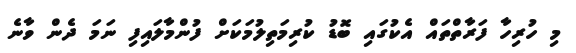
މި ހުރިހާ ފަރާތްތައް އެކުގައި ބޮޑު ކުރިމަތިލުމަކަށް ފުންމާލައިފި ނަމަ ދެން ވާނެ